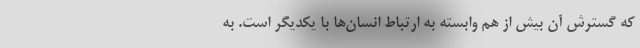
که گسترش آن بیش از هم وابسته به ارتباط انسان‌ها با یکدیگر است. به